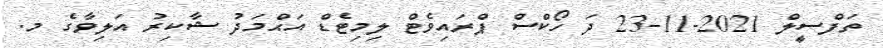
ތަފްސީލް 2021-11-23 ދަ ހޯކްސް ޕްރައިވެޓް ލިމިޓެޑް އަޙްމަދު ޝާކިރު އަލިވާގެ މ.